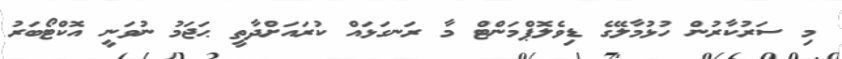
މި ސަރުކާރުން ހުޅުމާލޭގެ ޑިވެލޮޕްމަންޓް މާ ރަނގަޅައް ކުރައަށްދާތީ ޙަޖަމު ނުވަނީ އޮކްޓޯބަރު